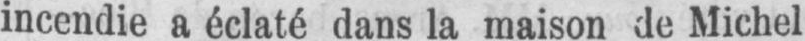
incendie a éclaté dans la maison de Michel